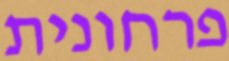
פרחונית